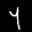
Label: 4